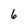
Character: 6